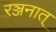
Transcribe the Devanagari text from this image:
रञ्जनात्